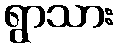
ရွာသား